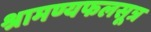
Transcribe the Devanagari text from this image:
श्रामण्यफलसूत्र